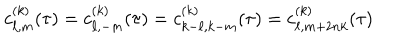
c _ { \ell , m } ^ { ( k ) } ( \tau ) = c _ { \ell , - m } ^ { ( k ) } ( \tau ) = c _ { k - \ell , k - m } ^ { ( k ) } ( \tau ) = c _ { \ell , m + 2 n k } ^ { ( k ) } ( \tau )